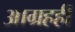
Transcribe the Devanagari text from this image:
आग्रहही